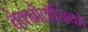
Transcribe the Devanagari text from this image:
तेक्नोलॉजिको